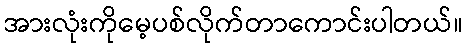
အားလုံးကိုမေ့ပစ်လိုက်တာကောင်းပါတယ်။